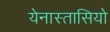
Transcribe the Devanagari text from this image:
येनास्तासियो